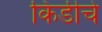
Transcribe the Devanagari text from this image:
किडीचे